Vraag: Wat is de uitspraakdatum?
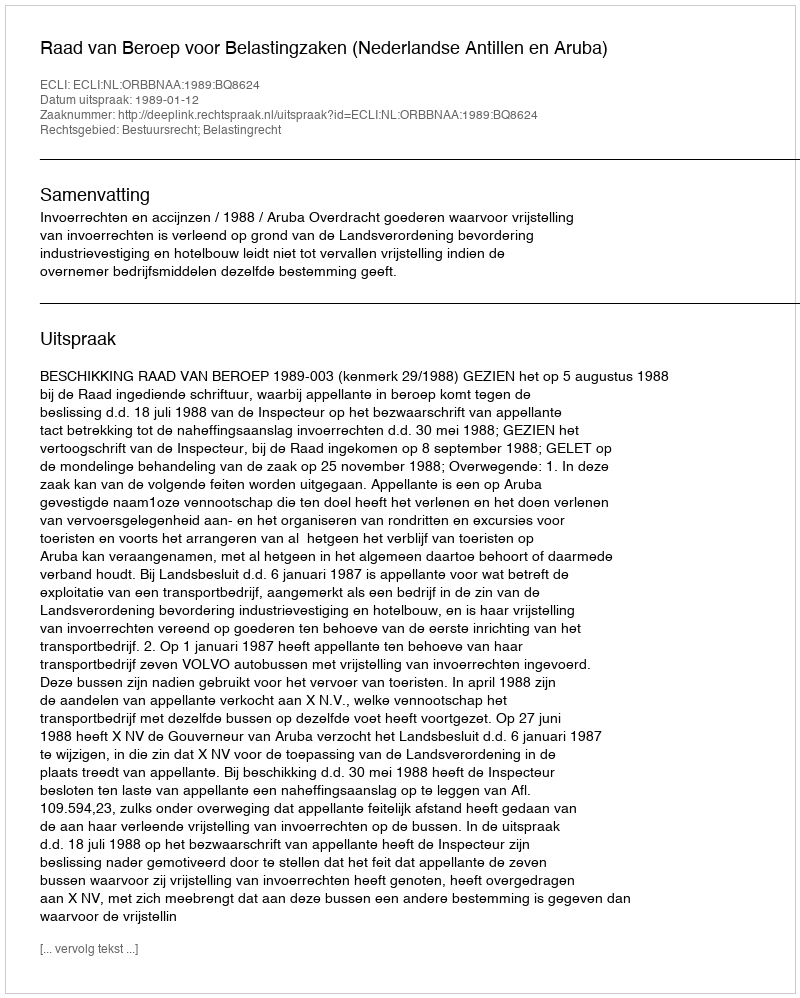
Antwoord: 1989-01-12